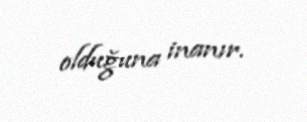
olduğuna inanır.